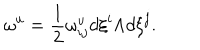
{ \omega } ^ { u } = \frac { 1 } { 2 } { \omega } _ { i j } ^ { u } d { \xi } ^ { i } { \wedge } d { \xi } ^ { j } .